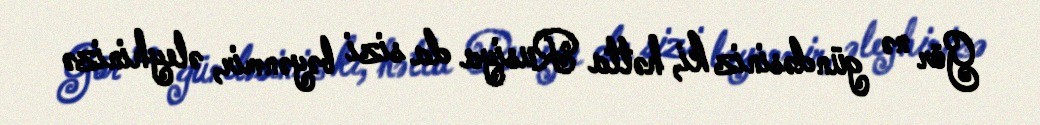
Gör nə gündəsiniz ki, hətta Rusiya da sizi bəyənmir, əleyhinizə